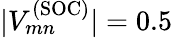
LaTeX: |V_{mn}^{(\mathrm{SOC)}}|=0.5